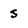
Character: s